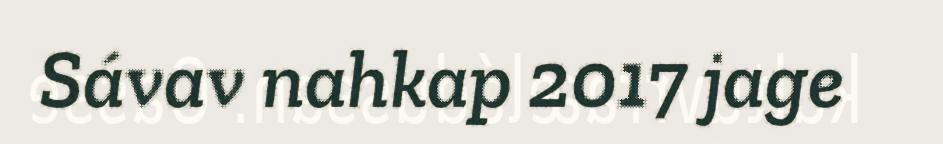
Sávav nahkap 2017 jage